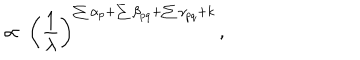
LaTeX: \propto ~ \left( \frac { 1 } { \lambda } \right) ^ { \sum \alpha _ { p } + \sum \beta _ { p q } + \sum \gamma _ { p q } + k } \, ,